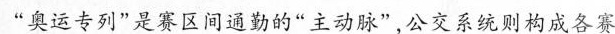
“奥运专列”是赛区间通勤的“主动脉”,公交系统则构成各赛